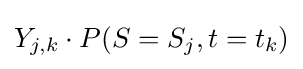
Y_{j,k}\cdot P(S=S_{j},t=t_{k})